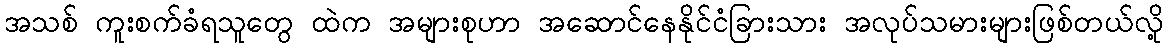
အသစ် ကူးစက်ခံရသူတွေ ထဲက အများစုဟာ အဆောင်နေနိုင်ငံခြားသား အလုပ်သမားများဖြစ်တယ်လို့